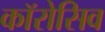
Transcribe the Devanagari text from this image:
कॉरोसिव